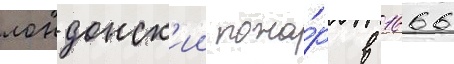
лондонск'ии пожа́р в 1666